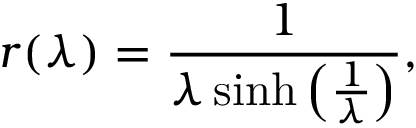
r ( \lambda ) = \frac { 1 } { \lambda \sinh { \left( \frac { 1 } { \lambda } \right) } } ,